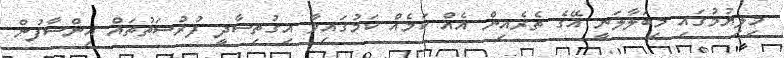
މިލިޔުމުގައި މިބަލާލަނީ އޭގެ ތެރެއިން އެއް ކަމެއް ކަމުގައިވާ އިގުތިސާދީ ފުރުސަތުތައް އިންސާފުން